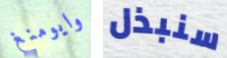
وايومنغ سنبذل